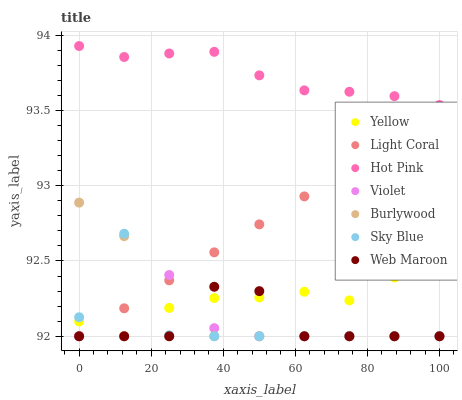
| xaxis_label | Yellow | Light Coral | Hot Pink | Violet | Burlywood | Sky Blue | Web Maroon |
 | --- | --- | --- | --- | --- | --- | --- | --- |
 | 0 | 92.1 | 92 | 93.9 | 92 | 92.9 | 92.1 | 92 |
 | 12.5 | 92 | 92.2 | 93.9 | 92 | 92.7 | 92.7 | 92 |
 | 25 | 92.2 | 92.4 | 93.9 | 92.4 | 92 | 92 | 92 |
 | 37.5 | 92.3 | 92.6 | 93.9 | 92.1 | 92 | 92 | 92.3 |
 | 50 | 92.3 | 92.7 | 93.7 | 92 | 92 | 92 | 92.3 |
 | 62.5 | 92.3 | 92.9 | 93.6 | 92 | 92 | 92 | 92 |
 | 75 | 92.2 | 93.1 | 93.6 | 92 | 92 | 92 | 92 |
 | 87.5 | 92.4 | 93.3 | 93.6 | 92 | 92 | 92 | 92 |
 | 100 | 92.5 | 93.5 | 93.5 | 92 | 92 | 92 | 92 |